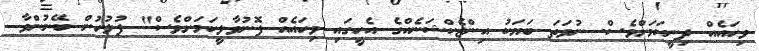
ވިހައެއް ދިނީކަމަށްވެސް. ނުވަތަ ބަޔަކު އިންޖެކްޝަނެއްގެ އެހީގައި ވިހައެއް ފޮނުވާލީކަމަށްވެސް" ފުލުހުން ބޭނުންވާ